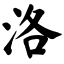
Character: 洛